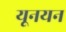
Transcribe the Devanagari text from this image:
यूनयन